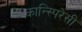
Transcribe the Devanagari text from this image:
कान्स्पिरेसी